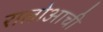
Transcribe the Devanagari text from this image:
रालोआची